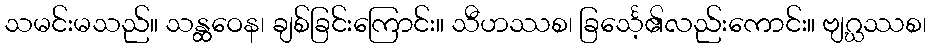
သမင်းမသည်။ သန္ထဝေန၊ ချစ်ခြင်းကြောင်း။ သီဟဿစ၊ ခြင်္သေ့၏လည်းကောင်း။ ဗျဂ္ဃဿစ၊